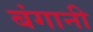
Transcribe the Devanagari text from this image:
बंगानी